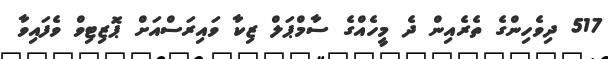
517 ދިވެހިންގެ ތެރެއިން ދެ މީހެއްގެ ސާމްޕަލް ޒިކާ ވައިރަސްއަށް ޕޮޒިޓިވް ވެފައިވާ